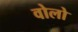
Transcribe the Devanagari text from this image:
वोलो